Annual report on the health of the army in India
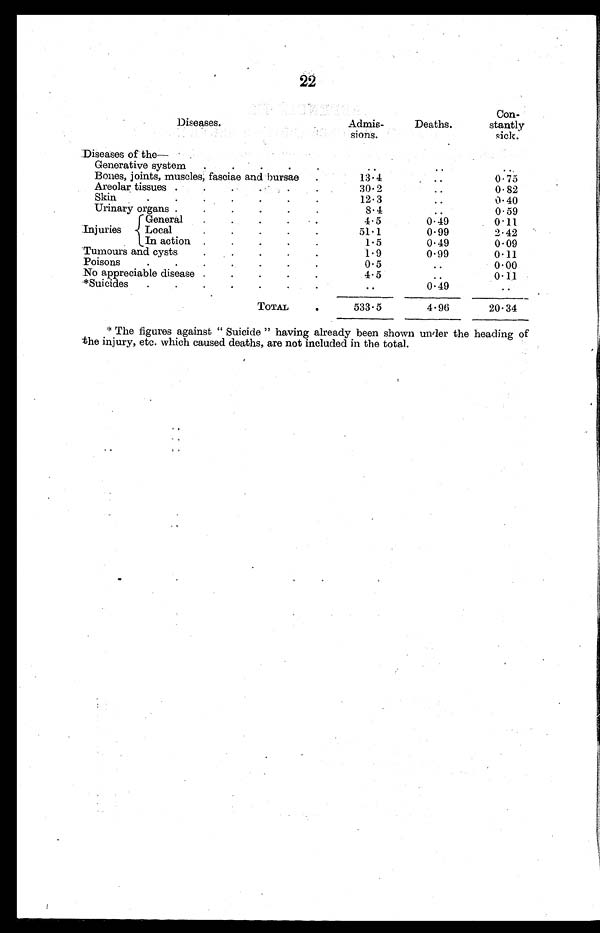
22
•
Diseases.
Admis-
si ons.
Deaths.
Con-
stantly
sick.
Diseases of the
Generative system
.
.
.
.
.
. .
Bones, joints, muscles, fasciae and bursae
.
13.4
. ..
0 . 7 5
Areolar tissues .
.
.
30.2
0.82
Skin
.
.
.
.
.
.
.
12.3
..
0.40
Urinary organs .
.
.
.
.
.
8.4
0.59
Injuries
General
.
.
.
.
4.5
0 . 49
0.11
Local
51.1
0.99
2.42
In action .
.
.
.
.
1.5
0.49
0.09
Tumours and cysts
.
1.9
0. 99
0.11
Poisons
.
. . . . . .
0.5
0.00
No appreciable disease .
.
.
-
.
4.5
0.11
*Suicides
.
. . • • •
. .
0.49
TOTAL
.
533.5
4.96
20.34
The figures against " Suicide " having already been shown under the heading of
the injury, etc. which caused deaths, are not included in the total.